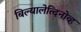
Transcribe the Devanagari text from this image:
बिल्यालेत्दिनोव्ह